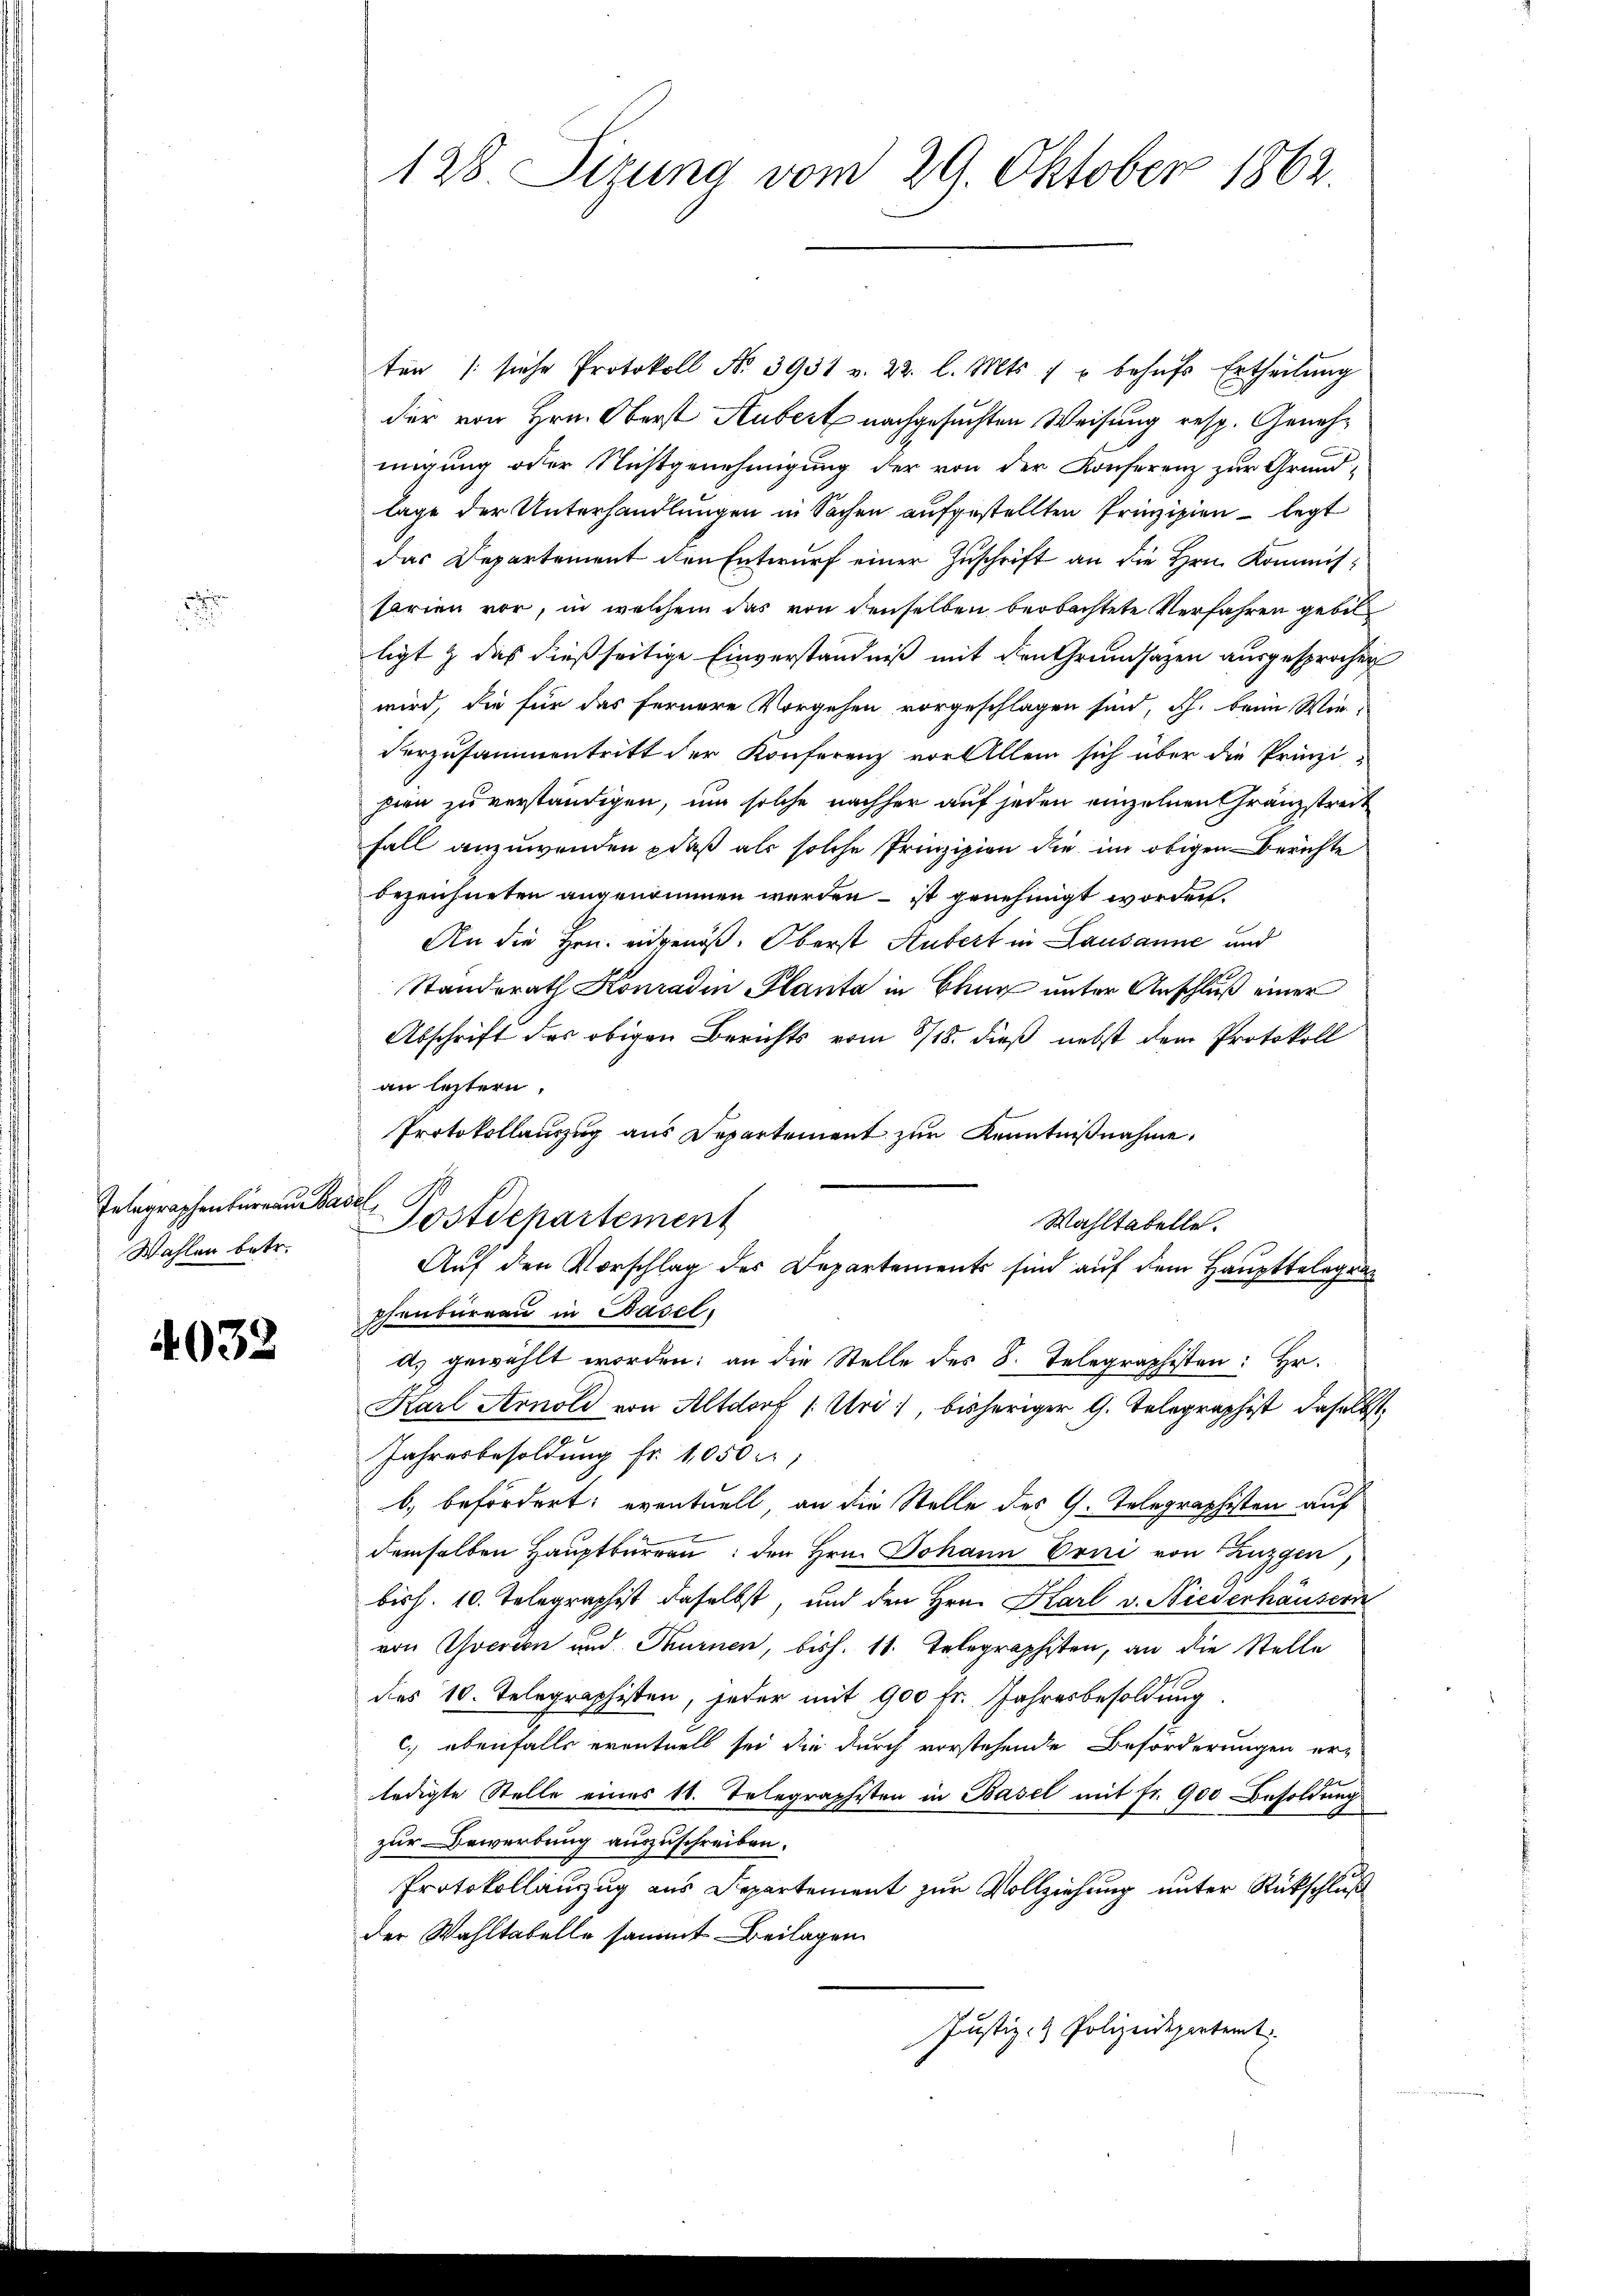
Telegraphenbüreau Basel,
Wahlen betr.

4032

ten /: siche Protokoll No 3931 v. 22. l. Mts. 1 u behŭfs Ertheilŭng
der von Hrn. Oberst Aubert nachgesuchten Weisung resp. Genehmigung oder Nichtgenehmigŭng der von der Konferenz zur Grundlage der Unterhandlungen in Sachen aufgestellten Prinzipien - legt
das Departement den Entwurf einer Zuschrift an die Hrn. Kommissarien vor, in welchem das von denselben beobachtete Verfahren gebil
ligt & das dießseitige Einverständniß mit den Grundsazen ausgesprochen
wird, die für das fernere Vorgehen vorgeschlagen sind, dh. beim Wie-
Verzusammentritt der Konferenz vor Allem sich über die Prinzi-
pien zu verständigen, um solche nachher auf jeden einzelnen Gränzstreit
Fall anzuwenden, daß als solche Prinzipien die im obigen Berichte
bezeichneten angenommen werden – ist genehmigt worden.
An die Hrn. eidgenöß. Oberst Hubert in Lausanne und
Standerath Konradin Planta in Chur unter Anschluß einer
Abschrift des obigen Berichts vom 8/18. dieß nebst dem Protokoll
an letztern,
Protokollauszug aus Departement zur Kenntnißnahme.
Postdepartement
Wahltabelle.
Auf den Vorschlag des Departements sind auf dem Haupttelegrapfenbureau in Hasel,
ds gewählt worden; an die Stelle des 8. Telegraphisten: Hr.
Karl Arnold von Altdorf (Uri), bisheriger G. Telegraphist, daselbst
Jahresbesoldung fr. 1050 r
b. befördert; eventuell, an die Stelle des G. Telegraphisten auf
demselben Hauptbureau den Hrn. Johann Erni von Luzgen
bish. 10. Telegraphist daselbst, und den Hrn. Karl v. Niederhäusern
von Yverdon und Thurnen, bish. 11. Telegraphisten, an die Stelle
des 10. Telegraphisten, jeder mit 900 fr. Jahresbesoldung
c) ebenfalls eventuell sei die durch vorstehende Beförderungen er-
ledigte Stelle eines 10. Telegraphisten in Basel mit fr. 900 Besoldung
zur Bewerbung auszuschreiben.
Protokollanzug aus Departement zur Vollziehung unter Rückschluß
der Wahltabelle sammt Beilagen
Justiz- & Polizeidepartemt.

128 Sizung vom 29. Oktober 1862